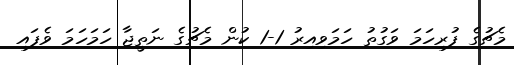
މެޗުގެ ފުރިހަމަ ވަގުތު ހަމަވިއިރު 1-1 ކުން މެޗުގެ ނަތީޖާ ހަމަހަމަ ވެފައި